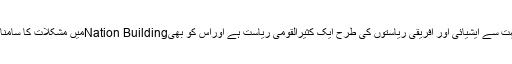
پاکستان بھی بہت سے ایشیائی اور افریقی ریاستوں کی طرح ایک کثیرالقومی ریاست ہے اوراس کو بھیNation Buildingمیں مشکلات کا سامنا کرنا پڑا ہے ۔